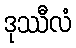
ဒုဿီလံ